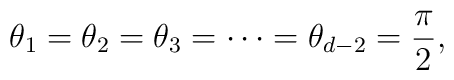
\theta_1=\theta_2=\theta_3=\cdots=\theta_{d-2}=\frac{\pi}{2},